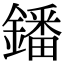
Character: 鐇